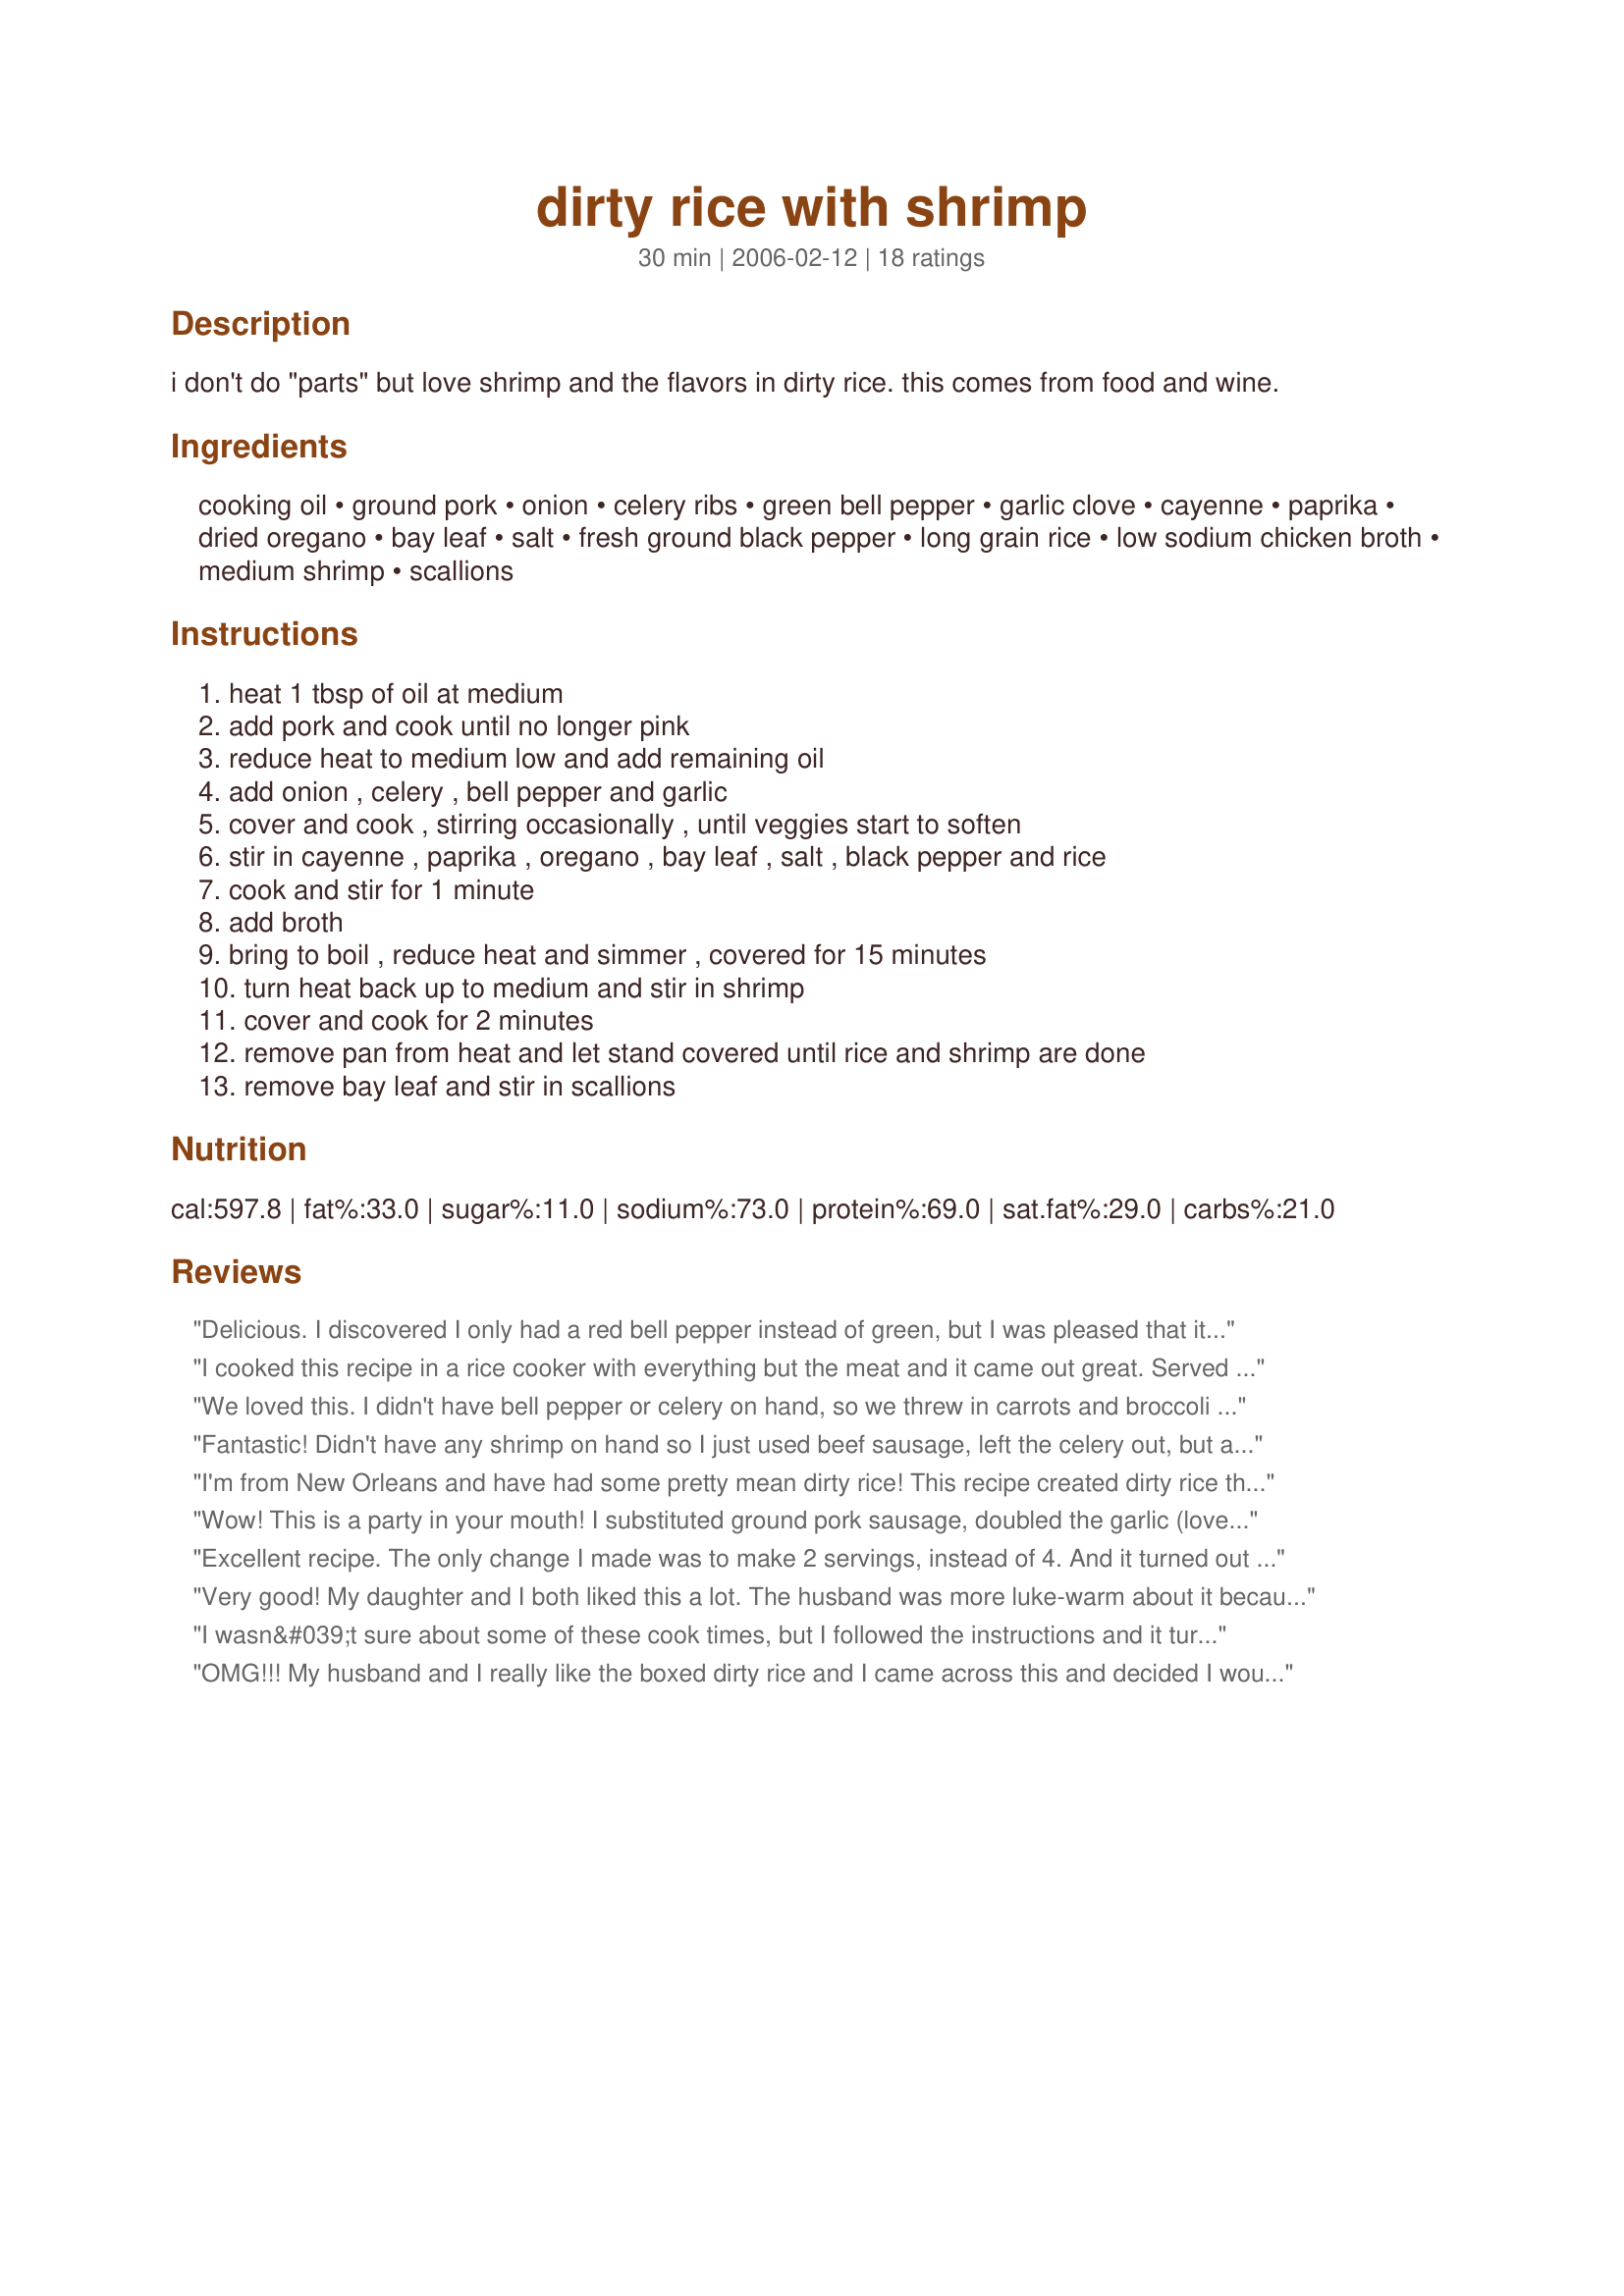
dirty rice with shrimp
Preparation time: 30 minutes

i don't do "parts" but love shrimp and the flavors in dirty rice. this comes from food and wine.

Ingredients:
cooking oil, ground pork, onion, celery ribs, green bell pepper, garlic clove, cayenne, paprika, dried oregano, bay leaf, salt, fresh ground black pepper, long grain rice, low sodium chicken broth, medium shrimp, scallions

Steps:
heat 1 tbsp of oil at medium, add pork and cook until no longer pink, reduce heat to medium low and add remaining oil, add onion , celery , bell pepper and garlic, cover and cook , stirring occasionally , until veggies start to soften, stir in cayenne , paprika , oregano , bay leaf , salt , black pepper and rice, cook and stir for 1 minute, add broth, bring to boil , reduce heat and simmer , covered for 15 minutes, turn heat back up to medium and stir in shrimp, cover and cook for 2 minutes, remove pan from heat and let stand covered until rice and shrimp are done, remove bay leaf and stir in scallions

Reviews:
Delicious. I discovered I only had a red bell pepper instead of green, but I was pleased that it made the recipe more colorful, and still tasted great. I'll think I'll do that again in the future. Thanks for posting this winner.
I cooked this recipe in a rice cooker with everything but the meat and it came out great. Served along side some baked salmon. Will definitely try this one again with the proper meats! Thanks!
We loved this. I didn't have bell pepper or celery on hand, so we threw in carrots and broccoli instead, and it worked out great. We also used chicken sausage instead of ground pork, since that's what we had in our fridge. Yum!
Fantastic! Didn't have any shrimp on hand so I just used beef sausage, left the celery out, but added broccoli. The flavor was phenomenal. Just enough of a 'kick' to make it really exciting, but not so spicy that we couldn't feed it to the kids. AMAZING recipe. I'll be making this again and again. Ty for posting.
I'm from New Orleans and have had some pretty mean dirty rice! This recipe created dirty rice that was just delicious! I followed the instructions to a tee except left out the shrimp and wish I had thought to cut back on the rice because of it. Otherwise, it was perfect!
Wow! This is a party in your mouth! I substituted ground pork sausage, doubled the garlic (love the stuff), and decreased the salt to 1 1/2 tsp. The family and I just loved it. Thanks for posting this!
Excellent recipe.
The only change I made was to make 2 servings, instead of 4. And it turned out great. Thanks again for this wonderful recipe.
Very good! My daughter and I both liked this a lot. The husband was more luke-warm about it because he doesn't care for shrimp (unless it's disguised in a thick layer of batter and deep-fried!)I didn't change a thing (except I added less shrimp for the reason stated previously...) and it turned out perfectly.
I wasn&#039;t sure about some of these cook times, but I followed the instructions and it turned out awful. Way too much liquid left over, and the rice wasn&#039;t nearly cooked at all. The flavors were actually good though, so I will try again, but change some of the cook time, maybe reduce some liquid also.
OMG!!! My husband and I really like the boxed dirty rice and I came across this and decided I would give it a try. The whole family loved it. I took a bowl to my friend and she came back for seconds. This was a huge hit. I did modify this for our family. I doubled the recipe but did not double the onions, bell pepper, and celery(since DH picks them out). I was alittle worried about the ground pork since I had never used it before but it was great and I do not think this recipe would be the same with out it. Early this morning I cut up the onions, bell pepper,celery an also measured out my spices, so I would not have to do it last min. I am rating as a five star b/c this is a quick, easy, very tasty and not expensive(est. $20). Thank you so much for posting. I know I will be making this for a long time.
This was really good. It had a nice little zing to it.
That was Really good! I doubled just about everything, except spices. However, I added 1 TBS of Chicken Seasoning, and 1/2 TBS Old Bay. For the chicken stock, I used 2 chicken bullion cubes and 1 beef bullion cube. Also, I precooked the rice, so there was some juice in the final product. Great 1 pot meal!
What sushi is on a Japanese table is what dirty rice is to the Cajun table. Used up some leftover ground pork and didn't have any shrimp, but still good enough for our Cajun Riviera.
Excellent recipe! Very flavorful with the spices used, although I did increase to our liking. I did omit the pork (vegetarian) and just used the shrimp. Great served with homemade cornbread. Thanks for posting!
This made a really wonderful supper, easy, delicious and inexpensive. Other than using a sweet red pepper, I followed the recipe exactly. I had to grind up a couple of sirloin chops because I couldn't buy ground pork--but that worked out well anyway as I could trim most of the fat. Even our picky daughter, who wandered in at suppertime, enjoyed this recipe. Thanks for posting this, we'll be using it often.
Taste wise, this was really good. However, I had to cook my rice for well over an hour before it was fully cooked.
My husband really liked this but I felt like something was missing. Also, my rice was not fully cooked after the 15 minutes. By the time the dish was done, it was still a little bit crunchy. Will increase cook time to 20 minutes on rice. Also, I left out the green pepper because we don't like cooked green pepper.
Very good! I doubled the amount of pork and the cayanne pepper, and it was absolutely delicious. Will make again, thanks for sharing.
